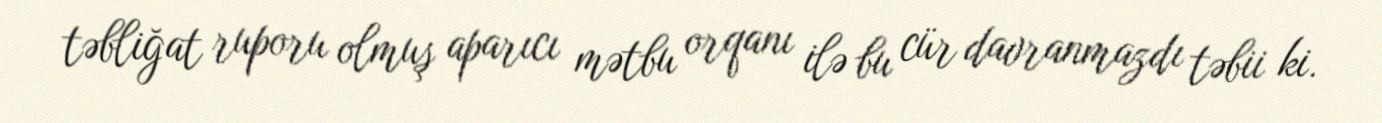
təbliğat ruporu olmuş aparıcı mətbu orqanı ilə bu cür davranmazdı təbii ki.